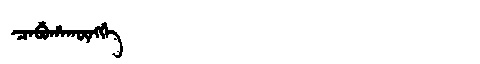
Manchu: ᠴᠠᠪᡠᡥᠠᡴᡡᠩᡤᡝ
Romanization: CABUHAKŪNGGE